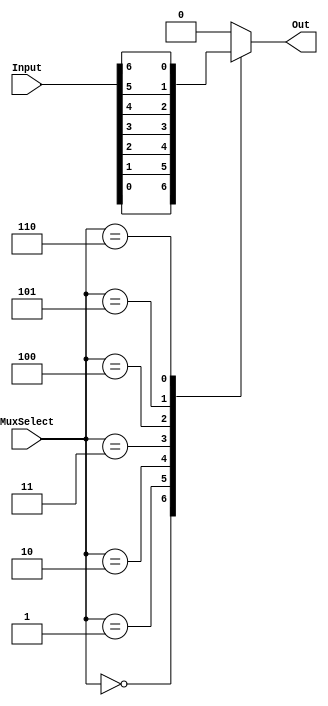
`timescale 1ns / 1ns // `timescale time_unit/time_precision

// 7 to 1 multiplexer using case statements
module part1(MuxSelect, Input, Out);    
    input [6:0] Input; 
    input [2:0] MuxSelect;
    output Out;

    reg Out;                            // declare the output signal for the always block

    always @(*)                         // declare always block
    begin
        case (MuxSelect[2:0])           // start case statement
            3'b000: Out = Input[0];     // case 0
            3'b001: Out = Input[1];     // case 1
            3'b010: Out = Input[2];     // case 2
            3'b011: Out = Input[3];     // case 3
            3'b100: Out = Input[4];     // case 4
            3'b101: Out = Input[5];     // case 5
            3'b110: Out = Input[6];     // case 6
            default: Out = 0;           // default case 
        endcase
    end
endmodule

// Top level module
module mux(SW, LEDR);
    input [9:0] SW;
    output [9:0] LEDR; 
    part1 u1(.MuxSelect(SW[9:7]), .Input(SW[6:0]), .Out(LEDR[0]));
endmodule